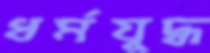
ধর্মযুদ্ধ